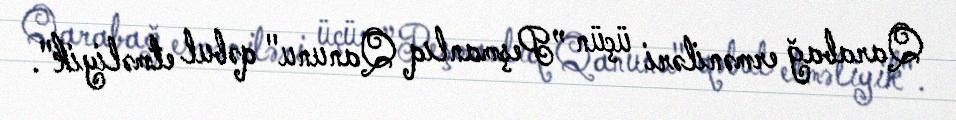
Qarabağ erməniləri üçün ”Peşmanlıq Qanunu" qəbul etməliyik".